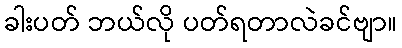
ခါးပတ် ဘယ်လို ပတ်ရတာလဲခင်ဗျာ။